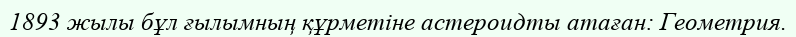
1893 жылы бұл ғылымның құрметіне астероидты атаған: Геометрия.